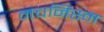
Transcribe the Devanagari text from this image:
मचनिस्म